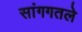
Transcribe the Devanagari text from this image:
सांगगतले